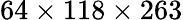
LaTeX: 64\times 118\times 263